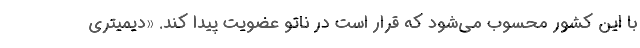
با این کشور محسوب می‌شود که قرار است در ناتو عضویت پیدا کند. «دیمیتری